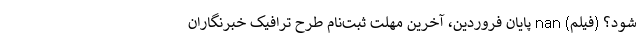
شود؟ (فیلم) nan پایان فروردین، آخرین مهلت ثبت‌نام طرح ترافیک خبرنگاران